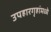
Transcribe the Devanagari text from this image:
उपहारगृहांमध्ये